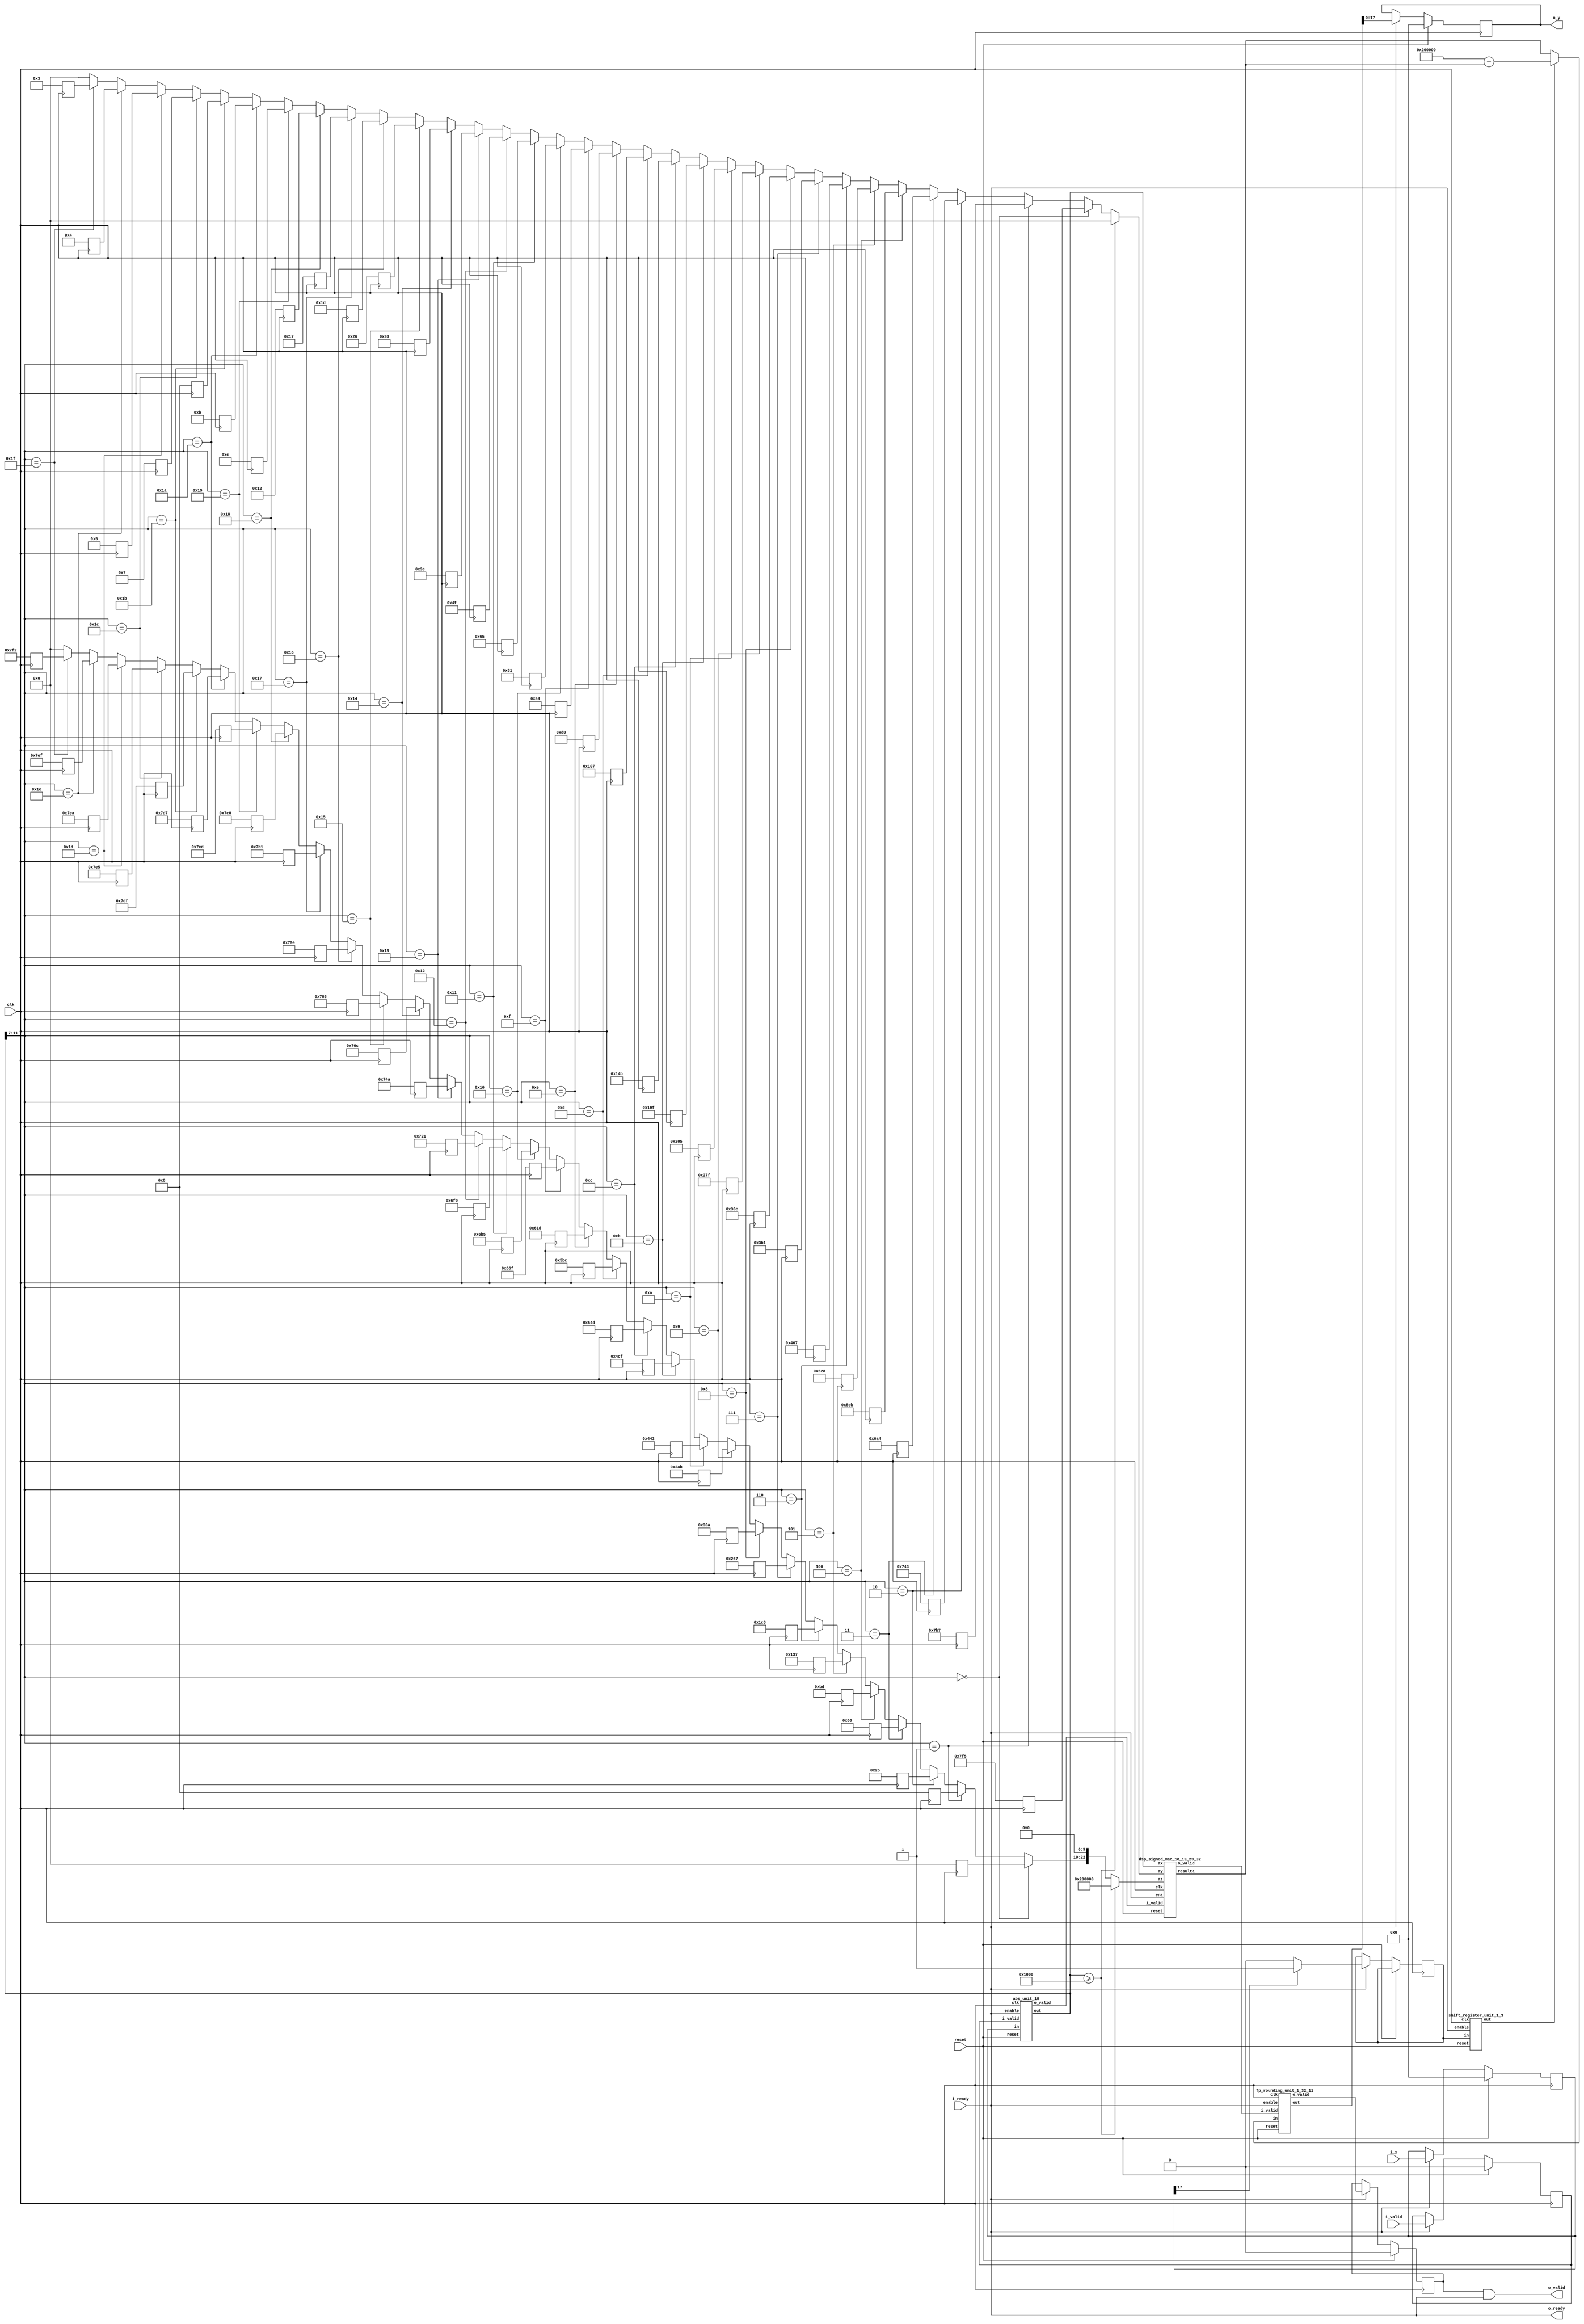
`define SIMULATION_MEMORY

module tanh_core_18_18_10_32_1 ( 
	input clk,
	input reset,
	input i_valid,
	input i_ready,
	output o_ready,
	output o_valid,
	input [17:0] i_x,
	output [17:0] o_y
);

reg [12:0] k_list_0;
reg [12:0] b_list_0;
reg [12:0] k_list_1;
reg [12:0] b_list_1;
reg [12:0] k_list_2;
reg [12:0] b_list_2;
reg [12:0] k_list_3;
reg [12:0] b_list_3;
reg [12:0] k_list_4;
reg [12:0] b_list_4;
reg [12:0] k_list_5;
reg [12:0] b_list_5;
reg [12:0] k_list_6;
reg [12:0] b_list_6;
reg [12:0] k_list_7;
reg [12:0] b_list_7;
reg [12:0] k_list_8;
reg [12:0] b_list_8;
reg [12:0] k_list_9;
reg [12:0] b_list_9;
reg [12:0] k_list_10;
reg [12:0] b_list_10;
reg [12:0] k_list_11;
reg [12:0] b_list_11;
reg [12:0] k_list_12;
reg [12:0] b_list_12;
reg [12:0] k_list_13;
reg [12:0] b_list_13;
reg [12:0] k_list_14;
reg [12:0] b_list_14;
reg [12:0] k_list_15;
reg [12:0] b_list_15;
reg [12:0] k_list_16;
reg [12:0] b_list_16;
reg [12:0] k_list_17;
reg [12:0] b_list_17;
reg [12:0] k_list_18;
reg [12:0] b_list_18;
reg [12:0] k_list_19;
reg [12:0] b_list_19;
reg [12:0] k_list_20;
reg [12:0] b_list_20;
reg [12:0] k_list_21;
reg [12:0] b_list_21;
reg [12:0] k_list_22;
reg [12:0] b_list_22;
reg [12:0] k_list_23;
reg [12:0] b_list_23;
reg [12:0] k_list_24;
reg [12:0] b_list_24;
reg [12:0] k_list_25;
reg [12:0] b_list_25;
reg [12:0] k_list_26;
reg [12:0] b_list_26;
reg [12:0] k_list_27;
reg [12:0] b_list_27;
reg [12:0] k_list_28;
reg [12:0] b_list_28;
reg [12:0] k_list_29;
reg [12:0] b_list_29;
reg [12:0] k_list_30;
reg [12:0] b_list_30;
reg [12:0] k_list_31;
reg [12:0] b_list_31;

always @ (posedge clk) begin
	k_list_0  <= 13'b0011111110101;
	k_list_1  <= 13'b0011110110111;
	k_list_2  <= 13'b0011101000011;
	k_list_3  <= 13'b0011010100100;
	k_list_4  <= 13'b0010111101011;
	k_list_5  <= 13'b0010100101000;
	k_list_6  <= 13'b0010001100111;
	k_list_7  <= 13'b0001110110001;
	k_list_8  <= 13'b0001100001110;
	k_list_9  <= 13'b0001001111111;
	k_list_10 <= 13'b0001000000101;
	k_list_11 <= 13'b0000110011111;
	k_list_12 <= 13'b0000101001011;
	k_list_13 <= 13'b0000100000111;
	k_list_14 <= 13'b0000011010000;
	k_list_15 <= 13'b0000010100100;
	k_list_16 <= 13'b0000010000001;
	k_list_17 <= 13'b0000001100101;
	k_list_18 <= 13'b0000001001111;
	k_list_19 <= 13'b0000000111110;
	k_list_20 <= 13'b0000000110000;
	k_list_21 <= 13'b0000000100110;
	k_list_22 <= 13'b0000000011101;
	k_list_23 <= 13'b0000000010111;
	k_list_24 <= 13'b0000000010010;
	k_list_25 <= 13'b0000000001110;
	k_list_26 <= 13'b0000000001011;
	k_list_27 <= 13'b0000000001000;
	k_list_28 <= 13'b0000000000111;
	k_list_29 <= 13'b0000000000101;
	k_list_30 <= 13'b0000000000100;
	k_list_31 <= 13'b0000000000011;
	b_list_0  <= 13'b0000000000000;
	b_list_1  <= 13'b0000000001000;
	b_list_2  <= 13'b0000000100101;
	b_list_3  <= 13'b0000001100000;
	b_list_4  <= 13'b0000010111101;
	b_list_5  <= 13'b0000100110111;
	b_list_6  <= 13'b0000111001000;
	b_list_7  <= 13'b0001001100111;
	b_list_8  <= 13'b0001100001010;
	b_list_9  <= 13'b0001110101011;
	b_list_10 <= 13'b0010001000011;
	b_list_11 <= 13'b0010011001111;
	b_list_12 <= 13'b0010101001101;
	b_list_13 <= 13'b0010110111100;
	b_list_14 <= 13'b0011000011101;
	b_list_15 <= 13'b0011001101111;
	b_list_16 <= 13'b0011010110101;
	b_list_17 <= 13'b0011011110000;
	b_list_18 <= 13'b0011100100001;
	b_list_19 <= 13'b0011101001010;
	b_list_20 <= 13'b0011101101100;
	b_list_21 <= 13'b0011110001000;
	b_list_22 <= 13'b0011110011110;
	b_list_23 <= 13'b0011110110001;
	b_list_24 <= 13'b0011111000000;
	b_list_25 <= 13'b0011111001101;
	b_list_26 <= 13'b0011111010111;
	b_list_27 <= 13'b0011111011111;
	b_list_28 <= 13'b0011111100101;
	b_list_29 <= 13'b0011111101010;
	b_list_30 <= 13'b0011111101111;
	b_list_31 <= 13'b0011111110010;
end
reg [17:0] x;
reg [17:0] y;
reg valid_x, valid_y, enable;
wire [4:0] sel_k_b;

wire abs_valid, round_valid, mult_valid, compute_valid;
reg use_boundary_value;
reg [12:0] mac_ay;
reg [22:0] mac_az;
reg is_x_negative;
wire is_x_negative_hold;
wire [17:0] abs_x;
wire [17:0] x_partial;
reg [31:0] y_compute;
wire [31:0] x_k_plus_b;
wire [31:0] y_rounded;

assign x_partial = (abs_x >> 7);
assign sel_k_b = x_partial [4:0];

reg [12:0] selected_k, selected_b;
always @ (*) begin
	if (sel_k_b == 0) begin
		selected_k <= k_list_0;
		selected_b <= b_list_0;
	end else if (sel_k_b == 1) begin
		selected_k <= k_list_1;
		selected_b <= b_list_1;
	end else if (sel_k_b == 2) begin
		selected_k <= k_list_2;
		selected_b <= b_list_2;
	end else if (sel_k_b == 3) begin
		selected_k <= k_list_3;
		selected_b <= b_list_3;
	end else if (sel_k_b == 4) begin
		selected_k <= k_list_4;
		selected_b <= b_list_4;
	end else if (sel_k_b == 5) begin
		selected_k <= k_list_5;
		selected_b <= b_list_5;
	end else if (sel_k_b == 6) begin
		selected_k <= k_list_6;
		selected_b <= b_list_6;
	end else if (sel_k_b == 7) begin
		selected_k <= k_list_7;
		selected_b <= b_list_7;
	end else if (sel_k_b == 8) begin
		selected_k <= k_list_8;
		selected_b <= b_list_8;
	end else if (sel_k_b == 9) begin
		selected_k <= k_list_9;
		selected_b <= b_list_9;
	end else if (sel_k_b == 10) begin
		selected_k <= k_list_10;
		selected_b <= b_list_10;
	end else if (sel_k_b == 11) begin
		selected_k <= k_list_11;
		selected_b <= b_list_11;
	end else if (sel_k_b == 12) begin
		selected_k <= k_list_12;
		selected_b <= b_list_12;
	end else if (sel_k_b == 13) begin
		selected_k <= k_list_13;
		selected_b <= b_list_13;
	end else if (sel_k_b == 14) begin
		selected_k <= k_list_14;
		selected_b <= b_list_14;
	end else if (sel_k_b == 15) begin
		selected_k <= k_list_15;
		selected_b <= b_list_15;
	end else if (sel_k_b == 16) begin
		selected_k <= k_list_16;
		selected_b <= b_list_16;
	end else if (sel_k_b == 17) begin
		selected_k <= k_list_17;
		selected_b <= b_list_17;
	end else if (sel_k_b == 18) begin
		selected_k <= k_list_18;
		selected_b <= b_list_18;
	end else if (sel_k_b == 19) begin
		selected_k <= k_list_19;
		selected_b <= b_list_19;
	end else if (sel_k_b == 20) begin
		selected_k <= k_list_20;
		selected_b <= b_list_20;
	end else if (sel_k_b == 21) begin
		selected_k <= k_list_21;
		selected_b <= b_list_21;
	end else if (sel_k_b == 22) begin
		selected_k <= k_list_22;
		selected_b <= b_list_22;
	end else if (sel_k_b == 23) begin
		selected_k <= k_list_23;
		selected_b <= b_list_23;
	end else if (sel_k_b == 24) begin
		selected_k <= k_list_24;
		selected_b <= b_list_24;
	end else if (sel_k_b == 25) begin
		selected_k <= k_list_25;
		selected_b <= b_list_25;
	end else if (sel_k_b == 26) begin
		selected_k <= k_list_26;
		selected_b <= b_list_26;
	end else if (sel_k_b == 27) begin
		selected_k <= k_list_27;
		selected_b <= b_list_27;
	end else if (sel_k_b == 28) begin
		selected_k <= k_list_28;
		selected_b <= b_list_28;
	end else if (sel_k_b == 29) begin
		selected_k <= k_list_29;
		selected_b <= b_list_29;
	end else if (sel_k_b == 30) begin
		selected_k <= k_list_30;
		selected_b <= b_list_30;
	end else if (sel_k_b == 31) begin
		selected_k <= k_list_31;
		selected_b <= b_list_31;
	end else begin
		selected_k <= 0;
		selected_b <= 0;
	end
end
always @ (*) begin
	if (abs_x >= 4096) begin
		use_boundary_value <= 1'b1;
		mac_ay <= 0;
		mac_az <= 2097152;
	end else begin
		use_boundary_value <= 1'b0;
		mac_ay <= selected_k;
		mac_az <= (selected_b << 10);
	end
end
dsp_signed_mac_18_13_23_32 dsp_signed_mac_18_13_23_32_inst (
	.clk(clk),
	.reset(reset),
	.ena(enable),
	.ax(abs_x),
	.ay(mac_ay),
	.az(mac_az),
	.i_valid(abs_valid),
	.o_valid(compute_valid),
	.resulta(x_k_plus_b)
);

shift_register_unit_1_3 shift_register_unit_1_3_inst (
	.clk(clk),
	.reset(reset),
	.enable(enable),
	.in(is_x_negative),
	.out(is_x_negative_hold)
);

abs_unit_18 abs_unit_18_inst (
	.clk(clk),
	.reset(reset),
	.enable(enable),
	.i_valid(valid_x),
	.in(x),
	.o_valid(abs_valid),
	.out(abs_x)
);

fp_rounding_unit_1_32_11 fp_rounding_unit_1_32_11_inst (
	.clk(clk),
	.reset(reset),
	.enable(enable),
	.i_valid(compute_valid),
	.in(y_compute),
	.o_valid(round_valid),
	.out(y_rounded)
);

always @ (*) begin
	if (is_x_negative_hold)
		y_compute = 2097152 - x_k_plus_b;
	else 
		y_compute = x_k_plus_b;
	enable = i_ready;
end
always @ (posedge clk) begin
	if (reset) begin 
		valid_x <= 1'b0;
		valid_y <= 1'b0;
		x <= 0;
		y <= 0;
	end else if (enable) begin 
		valid_x <= i_valid;
		valid_y <= round_valid;
		x <= i_x;
		if (x[17] == 1'b1)
			is_x_negative <= 1'b1;
		else
			is_x_negative <= 1'b0;
		y <= y_rounded[17:0];
	end
end

assign o_y = y;
assign o_ready = i_ready;
assign o_valid = valid_y & i_ready;

endmodule
module fp_rounding_unit_1_32_11 (
	input clk,
	input reset,
	input enable,
	input i_valid,
	input [31:0] in,
	output [31:0] out,
	output o_valid
);

reg [31:0] rounded_result;
reg [31:0] floor;
reg [31:0] ceil;
reg is_ceil;
reg floor_ceil_valid;

always @ (*) begin
	if (is_ceil) begin
		rounded_result = ceil;
	end else begin
		rounded_result = floor;
	end
end

reg valid_reg;
reg [31:0] out_reg;
always @ (posedge clk) begin
	if (reset) begin
		is_ceil <= 1'b0;
		floor_ceil_valid <= 1'b0;
		valid_reg <= 1'b0;
		floor <= 0;
		ceil <= 0;
		out_reg <= 0;
	end else if (enable) begin
		is_ceil <= in[10];
		floor <= in >>> 11;
		ceil <= (in >>> 11) + 1;
		floor_ceil_valid <= i_valid;
		out_reg <= rounded_result;
		valid_reg <= floor_ceil_valid;
	end
end

assign o_valid = valid_reg;

assign out = out_reg;

endmodule
module abs_unit_18 (
	input clk,
	input reset,
	input enable,
	input i_valid,
	input [17:0] in,
	output o_valid,
	output [17:0] out
);

reg [17:0] abs_result;

always @ (*) begin
	if (in[17] == 1'b1)
		abs_result = -in;
	else 
		abs_result = in;
end

reg valid_reg;
reg [17:0] out_reg;
always @ (posedge clk) begin
	if (reset) begin
		valid_reg <= 1'b0;
		out_reg <= 0;
	end else if (enable) begin
		valid_reg <= i_valid;
		out_reg <= abs_result;
	end
end
assign out = out_reg;
assign o_valid = valid_reg;
endmodule
module shift_register_unit_1_3 (
	input clk,
	input reset,
	input enable,
	input [0:0] in,
	output [0:0] out
);

reg [0:0] shift_registers_0;
reg [0:0] shift_registers_1;
reg [0:0] shift_registers_2;
always @ (posedge clk) begin
	if (reset) begin
		shift_registers_0 <= 1'd0;
		shift_registers_1 <= 1'd0;
		shift_registers_2 <= 1'd0;
	end else if (enable) begin
		shift_registers_0 <= in;
		shift_registers_1 <= shift_registers_0;
		shift_registers_2 <= shift_registers_1;
	end
end

assign out = shift_registers_2;

endmodule
module dsp_signed_mac_18_13_23_32 (
	input clk,
	input reset,
	input ena,
	input i_valid,
	input [17:0] ax,
	input [12:0] ay,
	input [22:0] az,
	output o_valid,
	output [31:0] resulta
);

reg [17:0] reg_ax;
reg [12:0] reg_ay;
reg [22:0] reg_az;
reg [31:0] reg_res;
always @ (posedge clk) begin
	if (reset) begin
		reg_ax  <= 0;
		reg_ay  <= 0;
		reg_az  <= 0;
		reg_res <= 0;
	end else begin
		reg_ax  <= ax;
		reg_ay  <= ay;
		reg_az  <= az;
		reg_res <= (reg_ax * reg_ay) + reg_az;
	end
end

assign resulta = reg_res;
reg input_valid, result_valid, output_valid;
always @ (posedge clk) begin
	if (reset) begin
		output_valid <= 1'b0;
		input_valid <= 1'b0;
		result_valid <= 1'b0;
	end else if (ena) begin
		input_valid <= i_valid;
		result_valid <= input_valid;
		output_valid <= result_valid;
	end
end
assign o_valid = output_valid;
endmodule